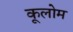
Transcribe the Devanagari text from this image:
कूलोम